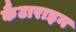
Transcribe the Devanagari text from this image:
कैटाराइन